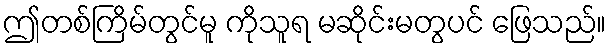
ဤတစ်ကြိမ်တွင်မူ ကိုသူရ မဆိုင်းမတွပင် ဖြေသည်။